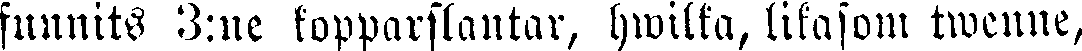
funnits 3:ne kopparslantar, hwilka, likasom twenne,